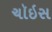
ચૉઇસ